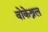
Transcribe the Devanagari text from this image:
वोकेश्नल